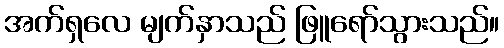
အက်ရှလေ မျက်နှာသည် ဖြူရော်သွားသည်။